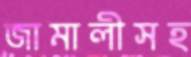
জামালীসহ